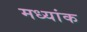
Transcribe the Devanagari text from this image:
मध्यांक